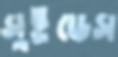
সুইডেস